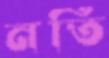
নতি